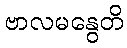
ဗာလမနွေတိ